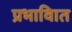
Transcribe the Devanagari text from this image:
प्रभावाित